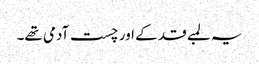
یہ لمبے قد کے اور چست آدمی تھے۔